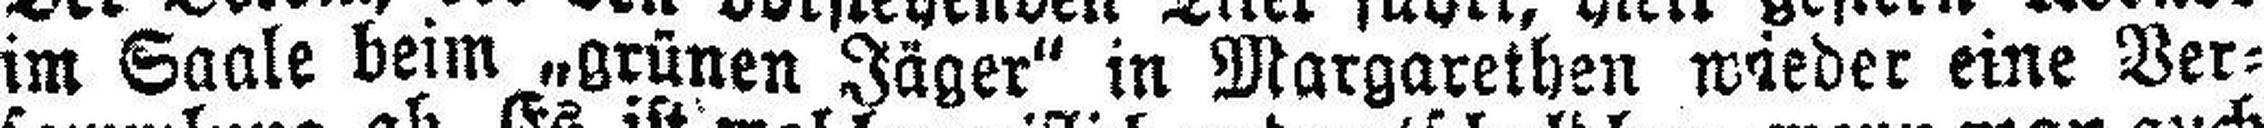
im Saale beim „grünen Jäger“ in Margarethen wieder eine Ver¬